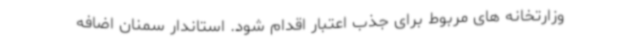
وزارتخانه های مربوط برای جذب اعتبار اقدام شود. استاندار سمنان اضافه